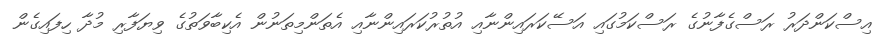
އިސްކަންދަރު ރަސްގެފާނުގެ ރަސްކަމުގައި އަސޭކަރައިންނާއި އުތުރުކަރައިންނާއި އެތަންމިތަނުން އެކިބާވަތުގެ ވިޔަފާރި މުދާ ހިފައިގެން